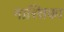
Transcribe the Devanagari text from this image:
नास्तिका